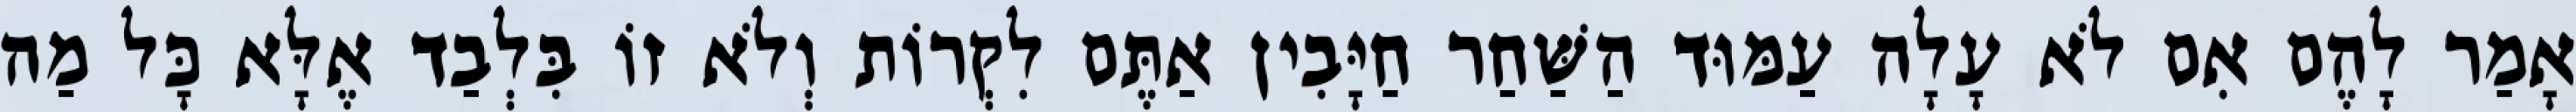
אָמַר לָהֶם אִם לֹא עָלָה עַמּוּד הַשַּׁחַר חַיָּבִין אַתֶּם לִקְרוֹת וְלֹא זוֹ בִּלְבַד אֶלָּא כָּל מַה